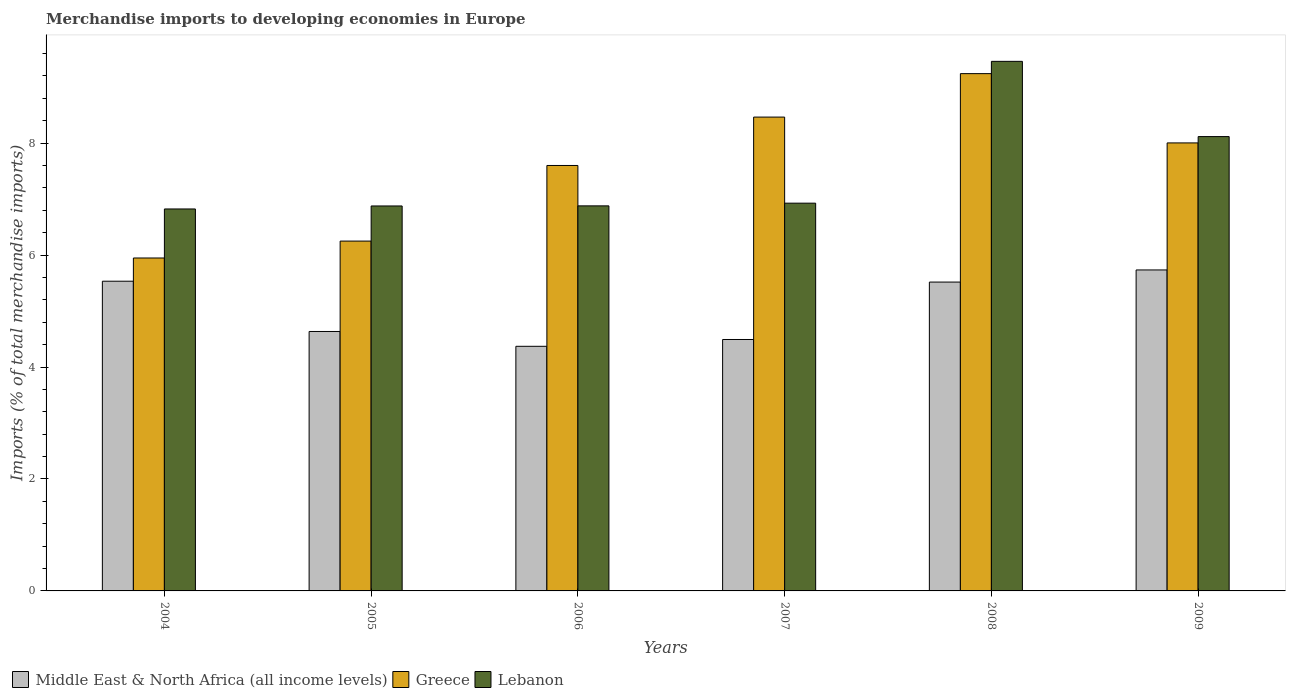
| Years | Middle East & North Africa (all income levels) | Greece | Lebanon |
 | --- | --- | --- | --- |
 | 2004 | 5.53 | 5.95 | 6.82 |
 | 2005 | 4.64 | 6.25 | 6.88 |
 | 2006 | 4.37 | 7.6 | 6.88 |
 | 2007 | 4.49 | 8.47 | 6.93 |
 | 2008 | 5.52 | 9.24 | 9.46 |
 | 2009 | 5.73 | 8 | 8.12 |